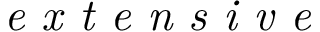
\textit { e x t e n s i v e }